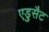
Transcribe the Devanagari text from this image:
एडुसैट